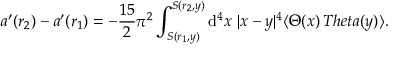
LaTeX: a ^ { \prime } ( r _ { 2 } ) - a ^ { \prime } ( r _ { 1 } ) = - \frac { 1 5 } { 2 } \pi ^ { 2 } \int _ { S ( r _ { 1 } , y ) } ^ { S ( r _ { 2 } , y ) } \mathrm { d } ^ { 4 } x \ | x - y | ^ { 4 } \langle \Theta ( x ) \, T h e t a ( y ) \rangle .